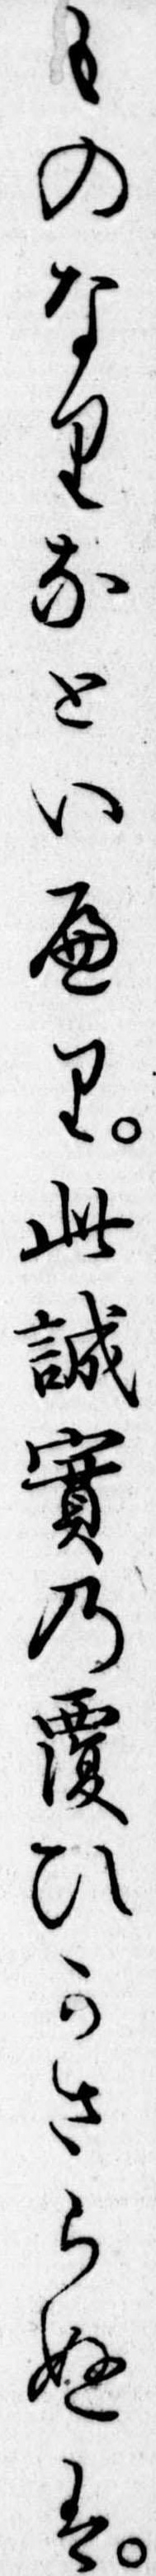
ものなりなといへり此誠実の覆ひかさらぬは